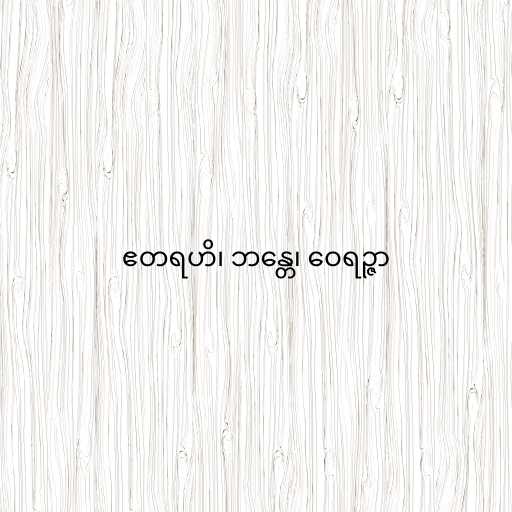
ဧတရဟိ၊ ဘန္တေ၊ ဝေရဉ္ဇာ